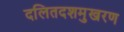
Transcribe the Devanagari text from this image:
दलितदशमुखरण